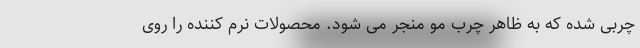
چربی شده که به ظاهر چرب مو منجر می شود. محصولات نرم کننده را روی